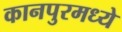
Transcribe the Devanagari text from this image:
कानपुरमध्ये